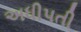
અધીપતી